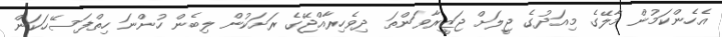
އެހެންކަމުން މާލޭގެ މިއަދުގެ ޖީލަށް ޖަޒީރާވަންތަ ދިވެހިރާއްޖޭގެ ރަށަކުން ލިބެން ހުންނަ ހިތްފަސޭހަކަން